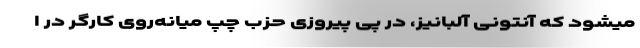
میشود که آنتونی آلبانیز، در پی پیروزی حزب چپ میانه‌روی کارگر در ا